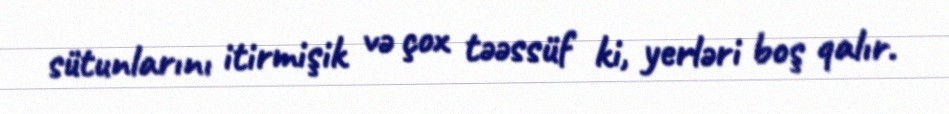
sütunlarını itirmişik və çox təəssüf ki, yerləri boş qalır.